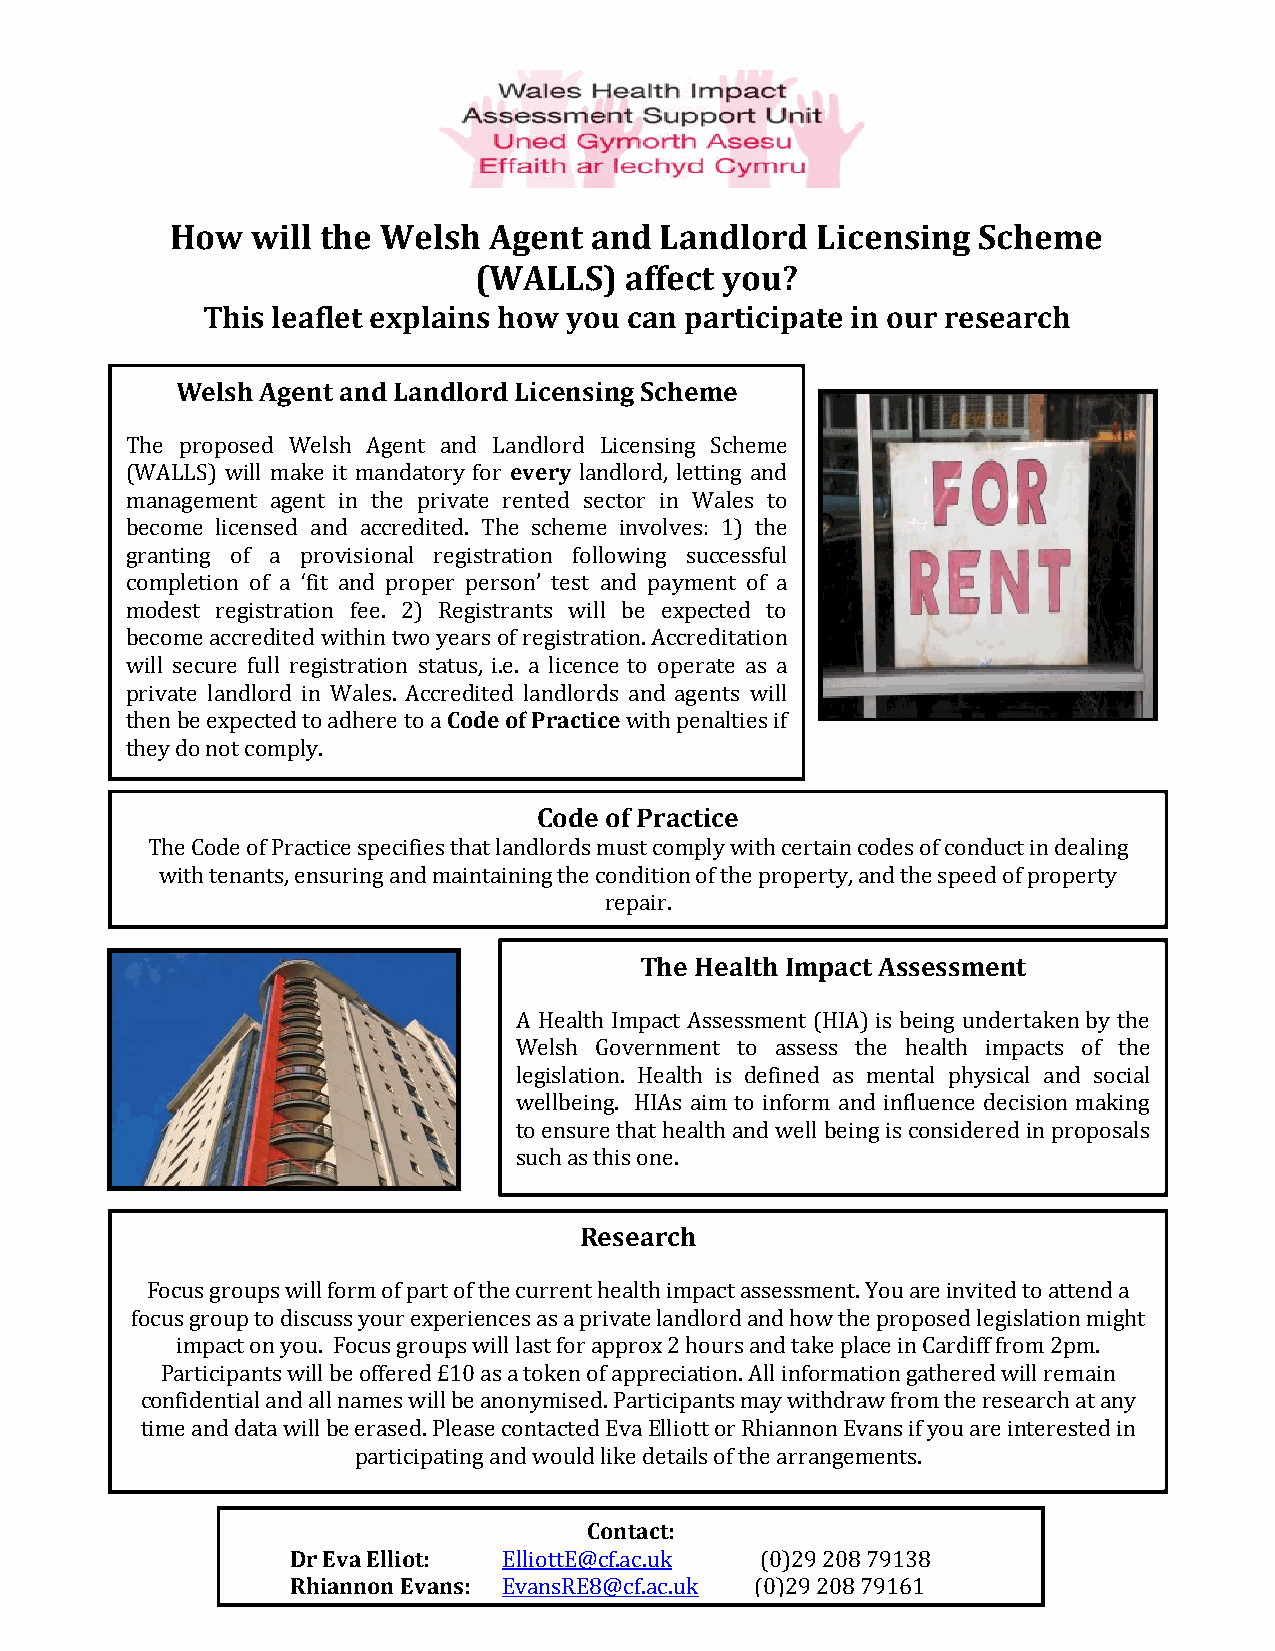
How   will the Welsh Agent  and  Landlord  Licensing  Scheme
 (WALLS)   affect you?
 This leaflet explains how you can participate in our research
 Welsh Agent and Landlord Licensing Scheme
 The proposed Welsh Agent and Landlord Licensing Scheme
 (WALLS) will make it mandatory for every landlord, letting and
 management agent in the private rented sector in Wales to
 become licensed and accredited. The scheme involves: 1) the
 granting of a provisional registration following successful
 completion of a ‘fit and proper person’ test and payment of a
 modest registration fee. 2) Registrants will be expected to
 become accredited within two years of registration. Accreditation
 will secure full registration status, i.e. a licence to operate as a
 private landlord in Wales. Accredited landlords and agents will
 then be expected to adhere to a Code of Practice with penalties if
 they do not comply.
 Code of Practice
 The Code of Practice specifies that landlords must comply with certain codes of conduct in dealing
 with tenants, ensuring and maintaining the condition of the property, and the speed of property
 repair.
 The Health Impact Assessment
 A Health Impact Assessment (HIA) is being undertaken by the
 Welsh Government to assess the health impacts of the
 legislation. Health is defined as mental physical and social
 wellbeing. HIAs aim to inform and influence decision making
 to ensure that health and well being is considered in proposals
 such as this one.
 Research
 Focus groups will form of part of the current health impact assessment. You are invited to attend a
 focus group to discuss your experiences as a private landlord and how the proposed legislation might
 impact on you. Focus groups will last for approx 2 hours and take place in Cardiff from 2pm.
 Participants will be offered £10 as a token of appreciation. All information gathered will remain
 confidential and all names will be anonymised. Participants may withdraw from the research at any
 time and data will be erased. Please contacted Eva Elliott or Rhiannon Evans if you are interested in
 participating and would like details of the arrangements.
 Contact:
 Dr Eva Elliot: ElliottE@cf.ac.uk (0)29 208 79138
 Rhiannon Evans: EvansRE8@cf.ac.uk (0)29 208 79161